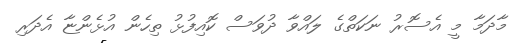
މާދަމާ މީ އެސޮރު ނަކަތްގެ ލައްވާ ދުވަސް ކޮއިފުޅު ތިހެން އުޅެންޏާ އެދަރި